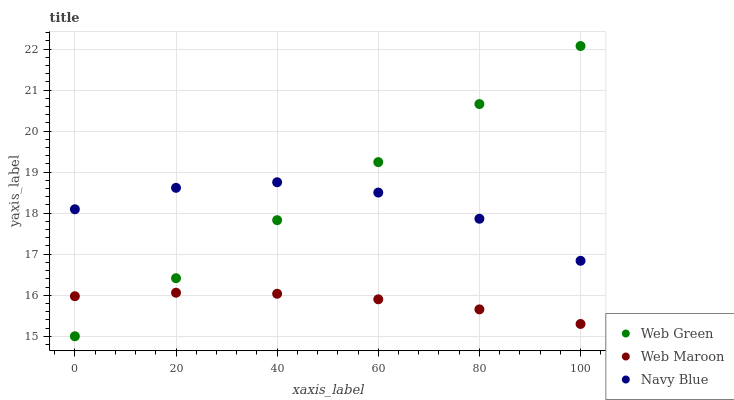
| xaxis_label | Web Green | Web Maroon | Navy Blue |
 | --- | --- | --- | --- |
 | 0 | 15 | 16 | 18.1 |
 | 20 | 16.4 | 16.1 | 18.6 |
 | 40 | 17.8 | 16 | 18.8 |
 | 60 | 19.2 | 15.9 | 18.5 |
 | 80 | 20.7 | 15.7 | 17.9 |
 | 100 | 22.1 | 15.3 | 16.8 |